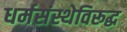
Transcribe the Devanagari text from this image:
धर्मसंस्थेविरूद्ध